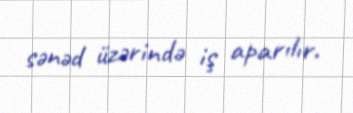
sənəd üzərində iş aparılır.